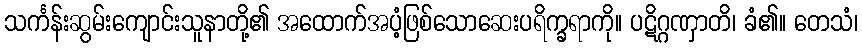
သင်္ကန်းဆွမ်းကျောင်းသူနာတို့၏ အထောက်အပံ့ဖြစ်သောဆေးပရိက္ခရာကို။ ပဋိဂ္ဂဏှာတိ၊ ခံ၏။ တေသံ၊